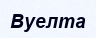
Вуелта